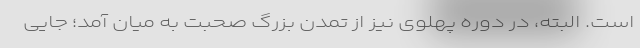
است. البته، در دوره پهلوی نیز از تمدن بزرگ صحبت به میان آمد؛ جایی